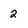
Character: 2